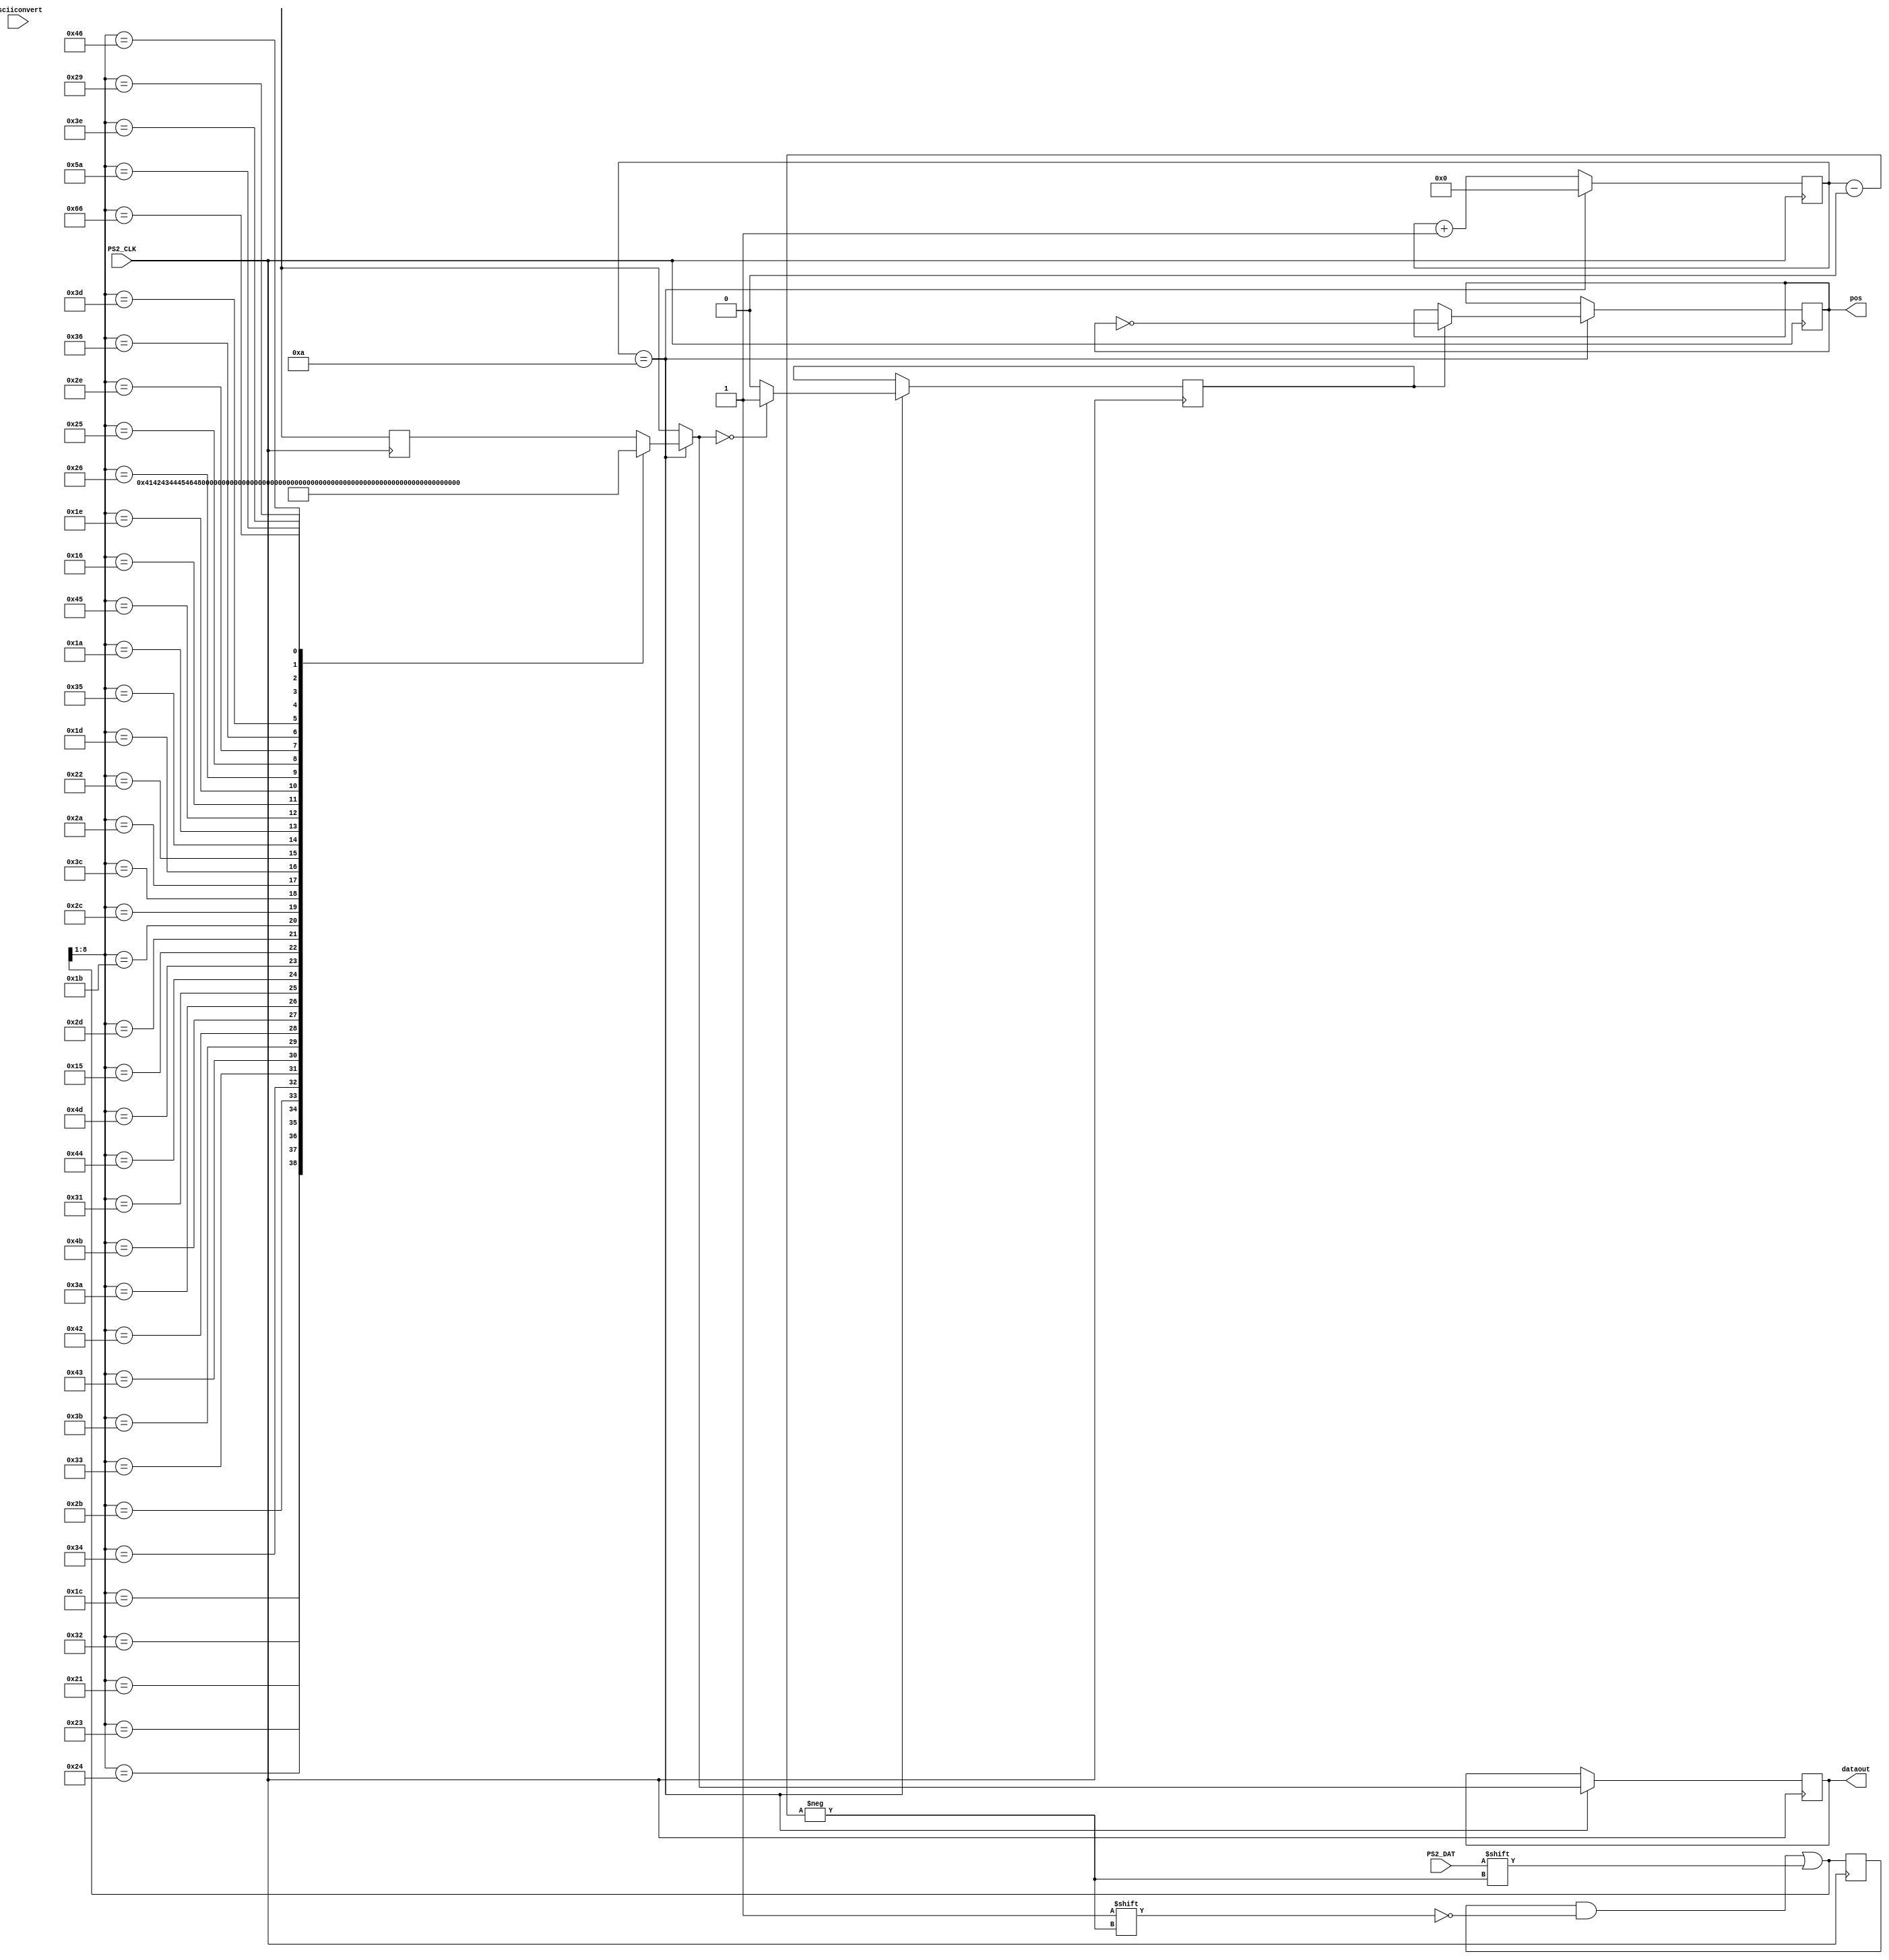
module KB_read(PS2_CLK, PS2_DAT, dataout, asciiconvert, pos); 
	input PS2_CLK;
	input PS2_DAT;
	input asciiconvert;
	output [7:0] dataout;
	output pos;
	assign pos = posr;
	reg posr;
	reg [10:0] buffer;
	reg [7:0] outbuffer;
	assign dataout = outbuffer;
	reg [3:0] count = 0;
	reg out = 0;
	always@(negedge PS2_CLK) begin
		buffer[count] = PS2_DAT;
		if(count == 10) begin
			count = 0;
			outbuffer = ps2toascii(buffer[8:1]);
			if(out) begin
				posr = ~pos;
				out = 0;
			end
			if(outbuffer == 0) out = 1;
		end else count = count + 1;
	end
	function [7:0] ps2toascii;
		input [7:0] ps2;
		case(ps2)
			8'h1C: ps2toascii = 8'h41;
			8'h32: ps2toascii = 8'h42;
			8'h21: ps2toascii = 8'h43;
			8'h23: ps2toascii = 8'h44;
			8'h24: ps2toascii = 8'h45;
			8'h2B: ps2toascii = 8'h46;
			8'h34: ps2toascii = 8'h47;
			8'h33: ps2toascii = 8'h48;
			8'h43: ps2toascii = 8'h49;
			8'h3B: ps2toascii = 8'h4A;
			8'h42: ps2toascii = 8'h4B;
			8'h4B: ps2toascii = 8'h4C;
			8'h3A: ps2toascii = 8'h4D;
			8'h31: ps2toascii = 8'h4E;
			8'h44: ps2toascii = 8'h4F;
			8'h4D: ps2toascii = 8'h50;
			8'h15: ps2toascii = 8'h51;
			8'h2D: ps2toascii = 8'h52;
			8'h1B: ps2toascii = 8'h53;
			8'h2C: ps2toascii = 8'h54;
			8'h3C: ps2toascii = 8'h55;
			8'h2A: ps2toascii = 8'h56;
			8'h1D: ps2toascii = 8'h57;
			8'h22: ps2toascii = 8'h58;
			8'h35: ps2toascii = 8'h59;
			8'h1A: ps2toascii = 8'h5A;
			8'h45: ps2toascii = 8'h30;
			8'h16: ps2toascii = 8'h31;
			8'h1E: ps2toascii = 8'h32;
			8'h26: ps2toascii = 8'h33;
			8'h25: ps2toascii = 8'h34;
			8'h2E: ps2toascii = 8'h35;
			8'h36: ps2toascii = 8'h36;
			8'h3D: ps2toascii = 8'h37;
			8'h3E: ps2toascii = 8'h38;
			8'h46: ps2toascii = 8'h39;
			8'h5A: ps2toascii = 8'h0A;
			8'h29: ps2toascii = 8'h20;
			8'h66: ps2toascii = 8'h08;
		endcase
	endfunction
endmodule